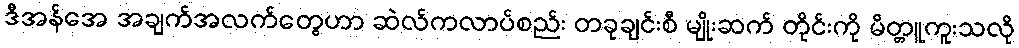
ဒီအန်အေ အချက်အလက်တွေဟာ ဆဲလ်ကလာပ်စည်း တခုချင်းစီ မျိုးဆက် တိုင်းကို မိတ္တူကူးသလို